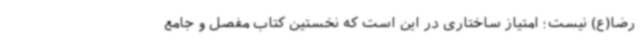
رضا(ع) نیست؛ امتیاز ساختاری در این است که نخستین کتاب مفصل و جامع